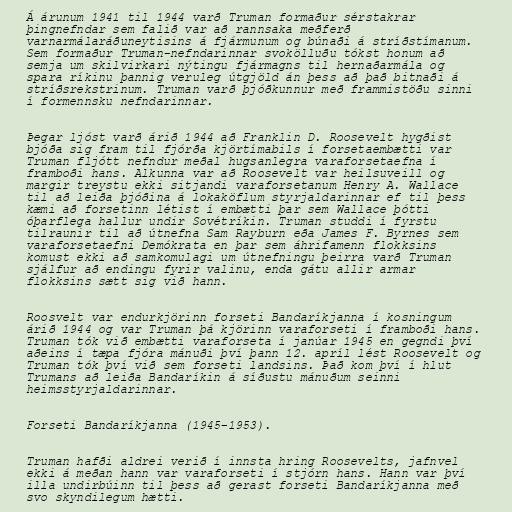
Á árunum 1941 til 1944 varð Truman formaður sérstakrar
þingnefndar sem falið var að rannsaka meðferð
varnarmálaráðuneytisins á fjármunum og búnaði á stríðstímanum.
Sem formaður Truman-nefndarinnar svokölluðu tókst honum að
semja um skilvirkari nýtingu fjármagns til hernaðarmála og
spara ríkinu þannig veruleg útgjöld án þess að það bitnaði á
stríðsrekstrinum. Truman varð þjóðkunnur með frammistöðu sinni
í formennsku nefndarinnar.

Þegar ljóst varð árið 1944 að Franklin D. Roosevelt hygðist
bjóða sig fram til fjórða kjörtímabils í forsetaembætti var
Truman fljótt nefndur meðal hugsanlegra varaforsetaefna í
framboði hans. Alkunna var að Roosevelt var heilsuveill og
margir treystu ekki sitjandi varaforsetanum Henry A. Wallace
til að leiða þjóðina á lokaköflum styrjaldarinnar ef til þess
kæmi að forsetinn létist í embætti þar sem Wallace þótti
óþarflega hallur undir Sovétríkin. Truman studdi í fyrstu
tilraunir til að útnefna Sam Rayburn eða James F. Byrnes sem
varaforsetaefni Demókrata en þar sem áhrifamenn flokksins
komust ekki að samkomulagi um útnefningu þeirra varð Truman
sjálfur að endingu fyrir valinu, enda gátu allir armar
flokksins sætt sig við hann.

Roosvelt var endurkjörinn forseti Bandaríkjanna í kosningum
árið 1944 og var Truman þá kjörinn varaforseti í framboði hans.
Truman tók við embætti varaforseta í janúar 1945 en gegndi því
aðeins í tæpa fjóra mánuði því þann 12. apríl lést Roosevelt og
Truman tók því við sem forseti landsins. Það kom því í hlut
Trumans að leiða Bandaríkin á síðustu mánuðum seinni
heimsstyrjaldarinnar.

Forseti Bandaríkjanna (1945–1953).

Truman hafði aldrei verið í innsta hring Roosevelts, jafnvel
ekki á meðan hann var varaforseti í stjórn hans. Hann var því
illa undirbúinn til þess að gerast forseti Bandaríkjanna með
svo skyndilegum hætti.